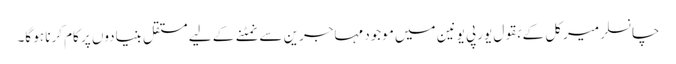
چانسلر میرکل کے بقول یورپی یونین میں موجود مہاجرین سے نمٹنے کے لیے مستقل بنیادوں پر کام کرنا ہو گا۔